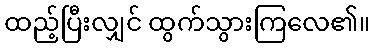
ထည့်ပြီးလျှင် ထွက်သွားကြလေ၏။